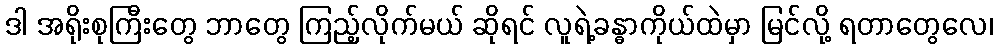
ဒါ အရိုးစုကြီးတွေ ဘာတွေ ကြည့်လိုက်မယ် ဆိုရင် လူရဲ့ခန္ဓာကိုယ်ထဲမှာ မြင်လို့ ရတာတွေလေ၊